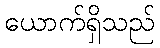
ယောက်ရှိသည်